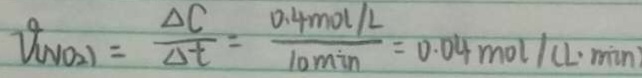
V _ { ( N O _ { 2 } ) } = \frac { \Delta C } { \Delta t } = \frac { 0 . 4 m o l / L } { 1 0 \min } = 0 . 0 4 m o l / ( L \cdot \min )